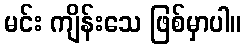
မင်း ကျိန်းသေ ဖြစ်မှာပါ။